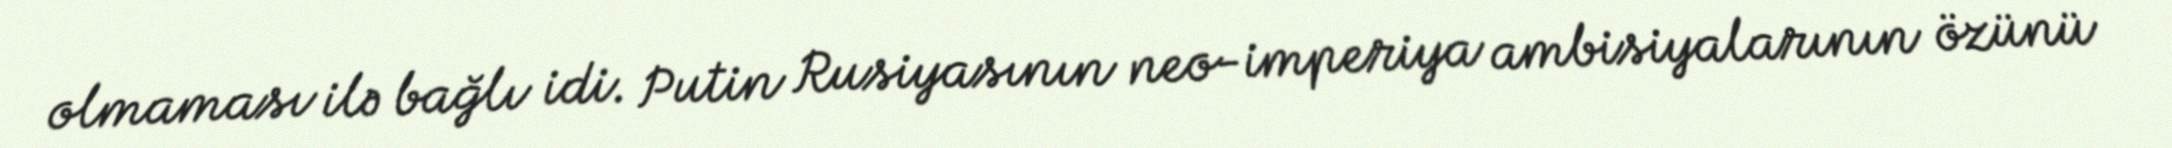
olmaması ilə bağlı idi. Putin Rusiyasının neo-imperiya ambisiyalarının özünü